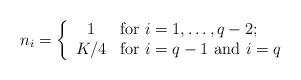
LaTeX: \begin{align*}n_i = \left\{ \begin{array}{cl} 1 & \mbox{for $i=1,\dots,q-2;$} \\ K/4 & \mbox{for $i=q-1$ and $i=q$} \end{array} \right.\end{align*}